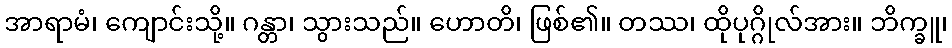
အာရာမံ၊ ကျောင်းသို့။ ဂန္တာ၊ သွားသည်။ ဟောတိ၊ ဖြစ်၏။ တဿ၊ ထိုပုဂ္ဂိုလ်အား။ ဘိက္ခူ၊